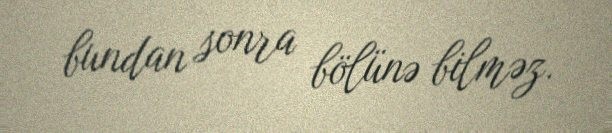
bundan sonra bölünə bilməz.